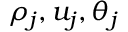
\rho _ { j } , u _ { j } , \theta _ { j }